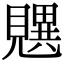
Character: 𬢄